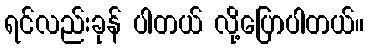
ရင်လည်းခုန် ပါတယ် လို့ပြောပါတယ်။